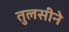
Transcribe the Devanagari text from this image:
तुलसीने